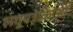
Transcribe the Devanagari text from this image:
लघुपत्रकिाओं